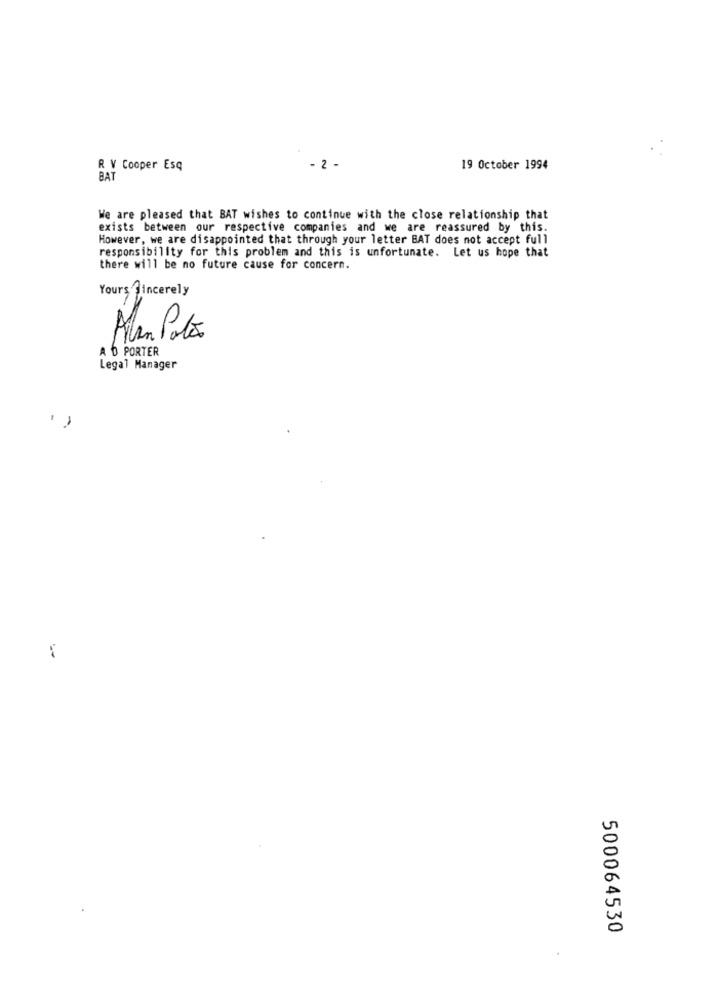
R V Cooper Esq
- 2 -
19 October 1994
BAT
We are pleased that BAT wishes to continue with the close relationship that
exists between our respective companies and we are reassured by this.
However, we are disappointed that through your letter BAT does not accept full
responsibility for this problem and this is unfortunate. Let us hope that
there will be no future cause for concern.
Yours fincerely
Álam Polo
A D PORTER
Legal Manager
-
500064530